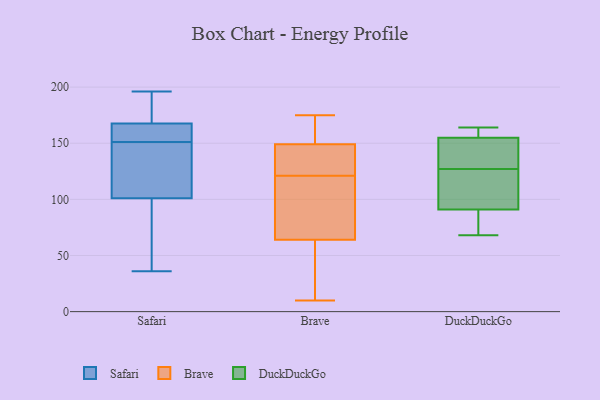
{"axis": {"x": "Gross Profit (USD K)", "y": "Value"}, "legend": ["Brave", "DuckDuckGo", "Safari"], "data": [{"x": "", "y": 103, "type": "Safari"}, {"x": "", "y": 157, "type": "Safari"}, {"x": "", "y": 191, "type": "Safari"}, {"x": "", "y": 184, "type": "Safari"}, {"x": "", "y": 36, "type": "Safari"}, {"x": "", "y": 161, "type": "Safari"}, {"x": "", "y": 71, "type": "Safari"}, {"x": "", "y": 151, "type": "Safari"}, {"x": "", "y": 196, "type": "Safari"}, {"x": "", "y": 95, "type": "Safari"}, {"x": "", "y": 162, "type": "Safari"}, {"x": "", "y": 132, "type": "Safari"}, {"x": "", "y": 145, "type": "Safari"}, {"x": "", "y": 151, "type": "Brave"}, {"x": "", "y": 153, "type": "Brave"}, {"x": "", "y": 135, "type": "Brave"}, {"x": "", "y": 122, "type": "Brave"}, {"x": "", "y": 64, "type": "Brave"}, {"x": "", "y": 111, "type": "Brave"}, {"x": "", "y": 175, "type": "Brave"}, {"x": "", "y": 33, "type": "Brave"}, {"x": "", "y": 138, "type": "Brave"}, {"x": "", "y": 64, "type": "Brave"}, {"x": "", "y": 10, "type": "Brave"}, {"x": "", "y": 120, "type": "Brave"}, {"x": "", "y": 133, "type": "Brave"}, {"x": "", "y": 108, "type": "Brave"}, {"x": "", "y": 31, "type": "Brave"}, {"x": "", "y": 103, "type": "Brave"}, {"x": "", "y": 17, "type": "Brave"}, {"x": "", "y": 147, "type": "Brave"}, {"x": "", "y": 164, "type": "Brave"}, {"x": "", "y": 170, "type": "Brave"}, {"x": "", "y": 68, "type": "DuckDuckGo"}, {"x": "", "y": 122, "type": "DuckDuckGo"}, {"x": "", "y": 132, "type": "DuckDuckGo"}, {"x": "", "y": 158, "type": "DuckDuckGo"}, {"x": "", "y": 81, "type": "DuckDuckGo"}, {"x": "", "y": 155, "type": "DuckDuckGo"}, {"x": "", "y": 164, "type": "DuckDuckGo"}, {"x": "", "y": 91, "type": "DuckDuckGo"}, {"x": "", "y": 115, "type": "DuckDuckGo"}, {"x": "", "y": 133, "type": "DuckDuckGo"}]}